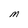
Character: M